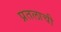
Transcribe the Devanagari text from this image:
प्रतलाची